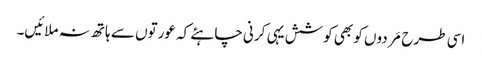
اسی طرح مَردوں کو بھی کوشش یہی کرنی چاہئے کہ عورتوں سے ہاتھ نہ ملائیں۔